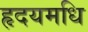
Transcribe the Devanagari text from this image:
हृदयमधि